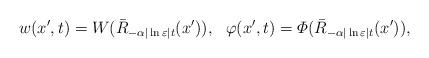
LaTeX: \begin{align*}w(x',t)=W(\bar{R}_{-\alpha|\ln\varepsilon| t}(x')),\ \ \varphi(x',t)=\varPhi(\bar{R}_{-\alpha|\ln\varepsilon| t}(x')),\end{align*}